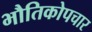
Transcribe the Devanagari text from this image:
भौतिकोपचार